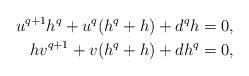
LaTeX: \begin{align*}u^{q+1}h^q + u^q (h^q + h) + d^q h &= 0,\\hv^{q+1} + v (h^q+h) + d h^q &= 0,\end{align*}